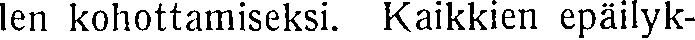
len kohottamiseksi. Kaikkien epäilyk-